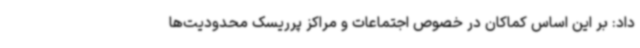
داد: بر این اساس کماکان در خصوص اجتماعات و مراکز پرریسک محدودیت‌ها